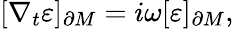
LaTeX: [\nabla_{t}\varepsilon]_{\partial M}=i\omega[\varepsilon]_{\partial M},